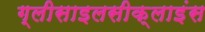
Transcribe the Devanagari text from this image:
ग्लीसाइलसीक्लाइंस